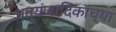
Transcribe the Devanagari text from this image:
अत्यंजादिकांच्या